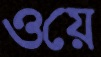
ওয়ে